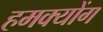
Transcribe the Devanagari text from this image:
हमक्योंग